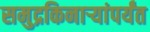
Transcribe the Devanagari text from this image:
समुद्रकिनार्‍यांपर्यंत